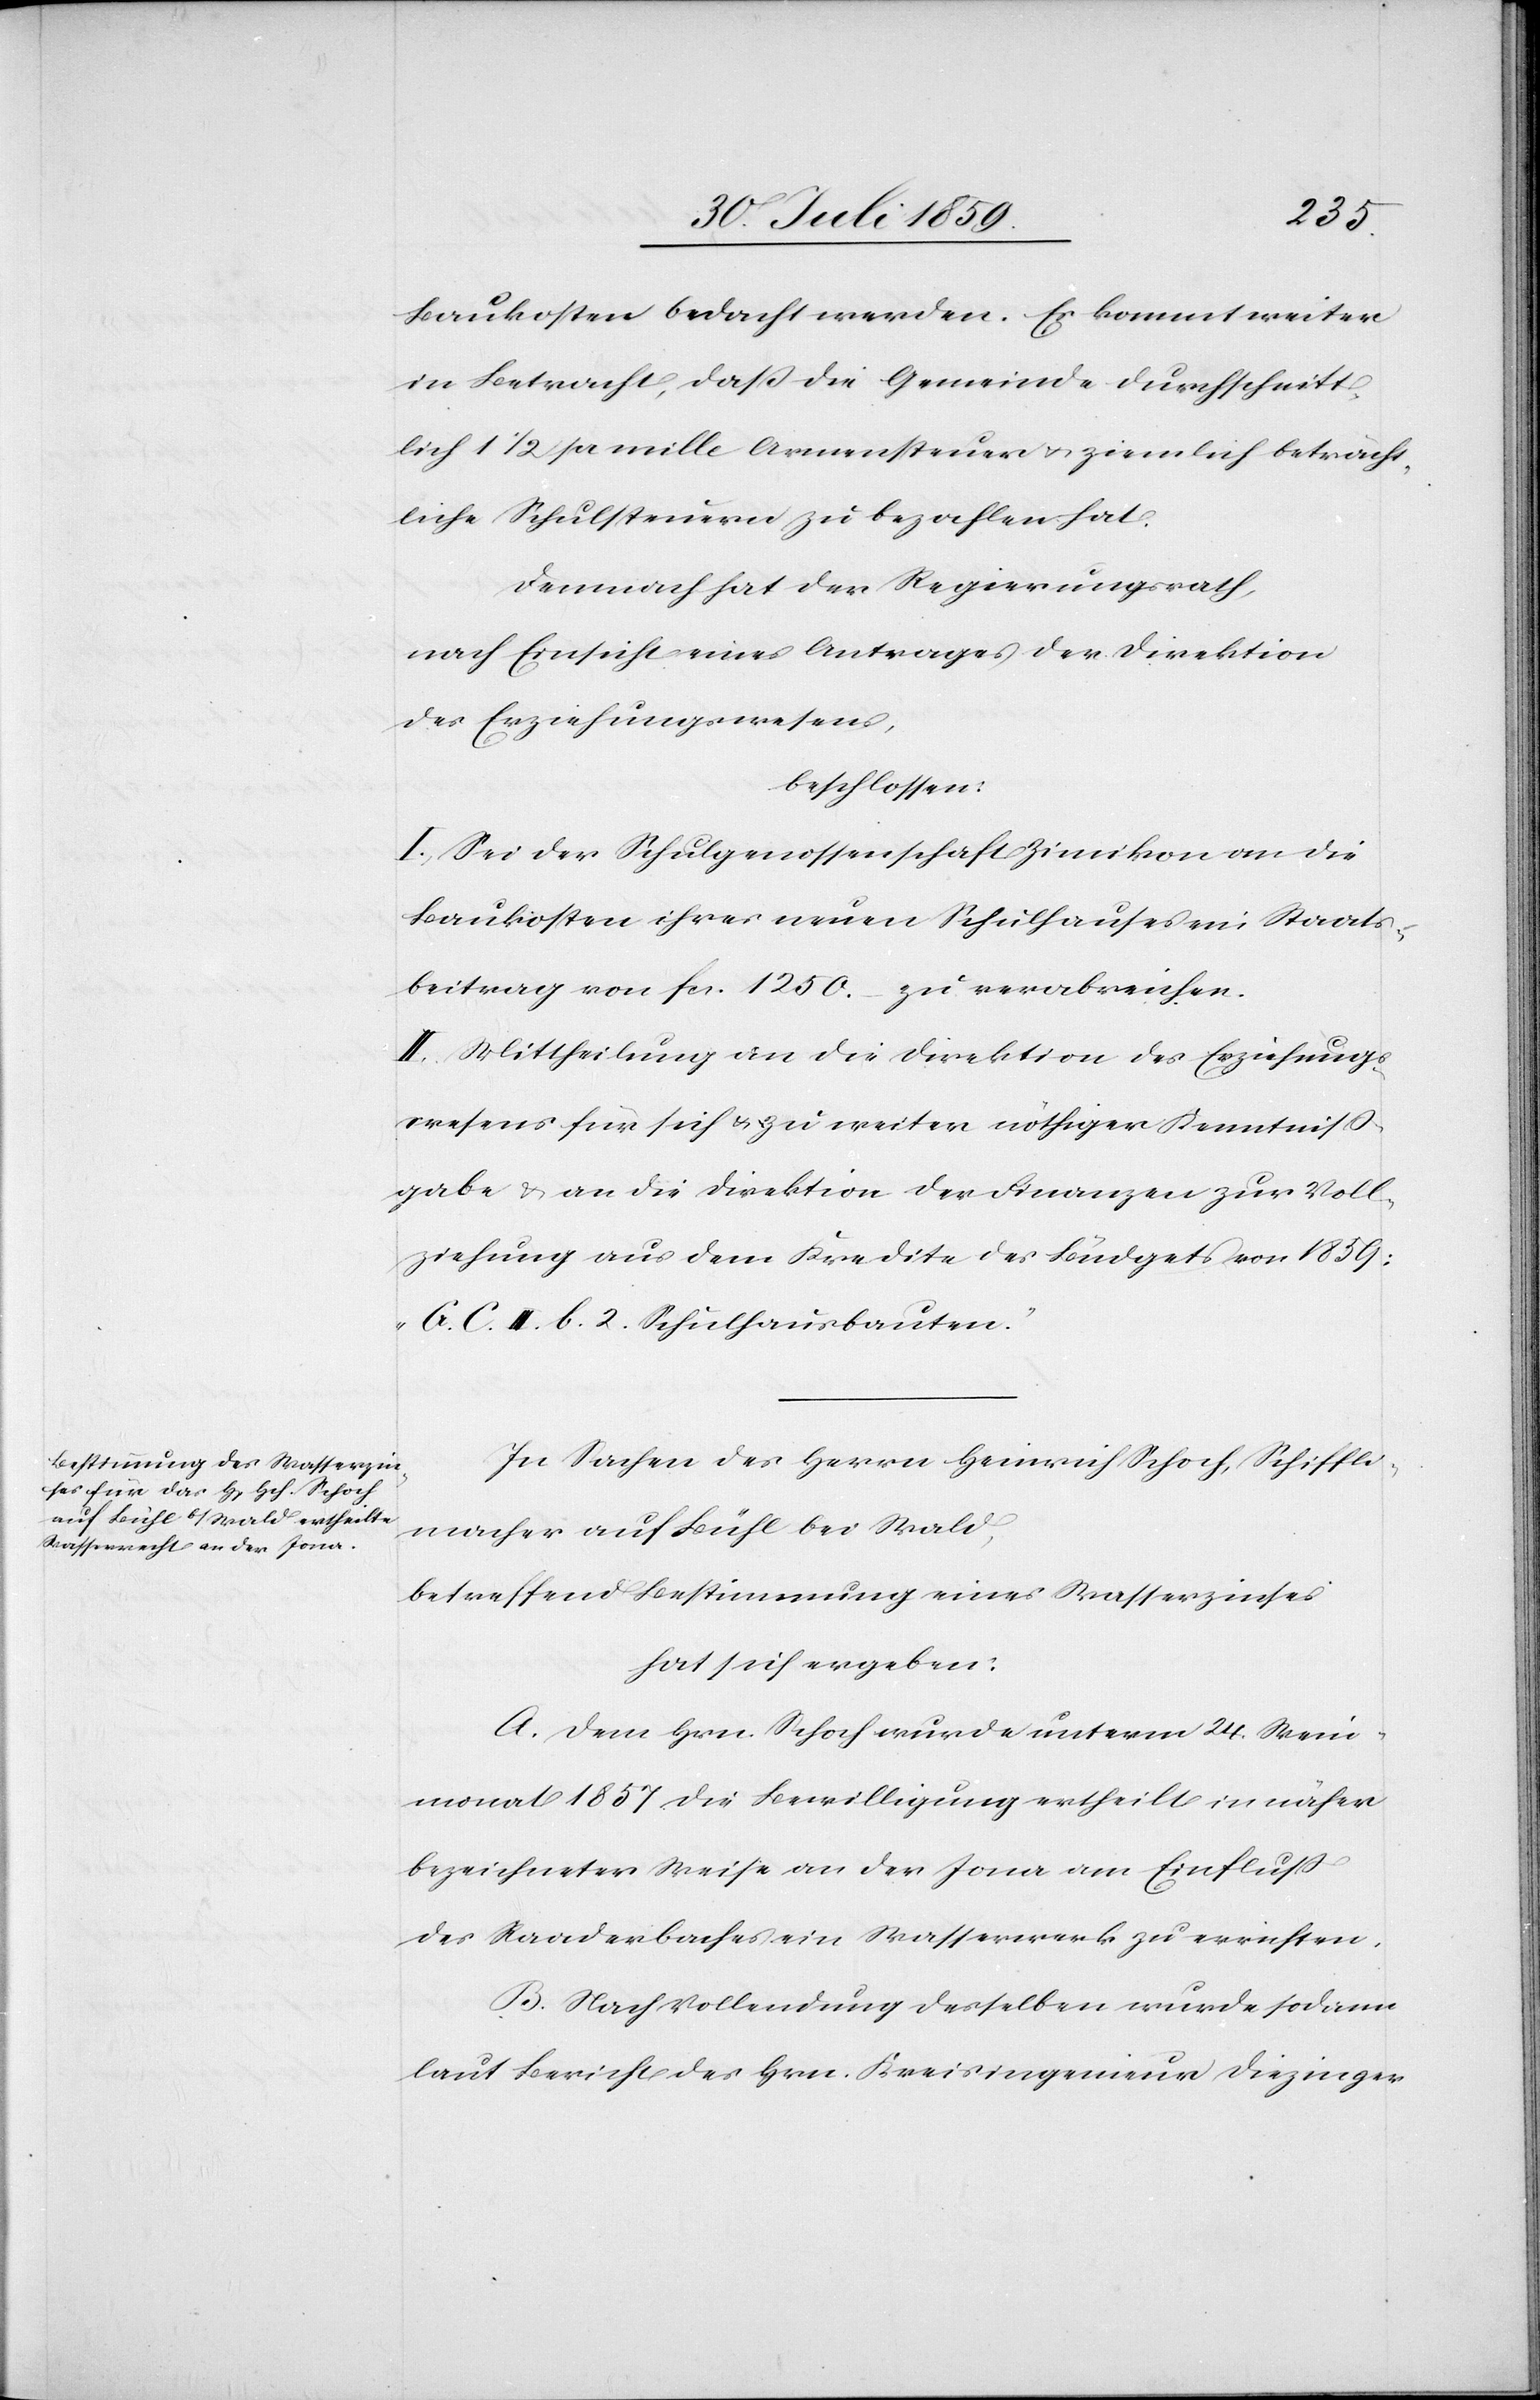
Baukosten bedacht werden. Es kommt weiter
in Betracht, daß die Gemeinde durchschnitt¬
lich 1 1/2 pr mille Armensteuer u. ziemlich beträcht¬
liche Schulsteuern zu bezahlen hat.
Demnach hat der Regierungsrath,
nach Einsicht eines Antrages der Direktion
des Erziehungswesens,
beschlossen:
I. Sei der Schulgenossenschaft Zimikon an die
Baukosten ihres neuen Schulhauses ein Staats¬
beitrag von fcs. 1250.– zu verabreichen.
II. Mittheilung an die Direktion des Erziehungs¬
wesens für sich u. zu weiter nöthiger Kenntniß¬
gabe u. an die Direktion der Finanzen zur Voll¬
ziehung aus dem Kredite des Büdgets von 1859:
„G. C. III. b. 2. Schulhausbauten“.
In Sachen des Herrn Heinrich Schoch, Schiffli¬
macher auf Bühl bei Wald,
betreffend Bestimmung eines Wasserzinses
hat sich ergeben:
A. Dem Hrn. Schoch wurde unterm 24. Wein¬
monat 1857 die Bewilligung ertheilt in näher
bezeichneter Weise an der Jona am Einfluß
des Raaderbaches ein Wasserwerk zu errichten.
B. Nach Vollendung desselben wurde sodann
laut Bericht des Hrn. Kreisingenieur Diezinger